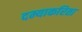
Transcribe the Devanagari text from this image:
दम्याकरिता